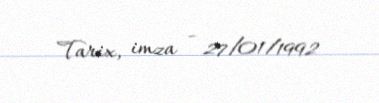
Tarix, imza - 27/01/1992